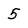
Character: 5